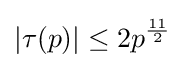
\vert \tau (p)\vert \leq 2p^{\frac {11}{2}}